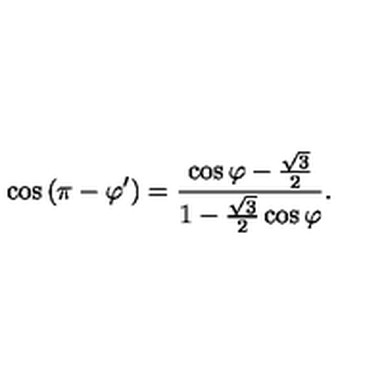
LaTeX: \cos { ( \pi - \varphi ^ { \prime } ) } = \frac { \cos { \varphi } - \frac { \sqrt { 3 } } { 2 } } { 1 - \frac { \sqrt { 3 } } { 2 } \cos { \varphi } } .